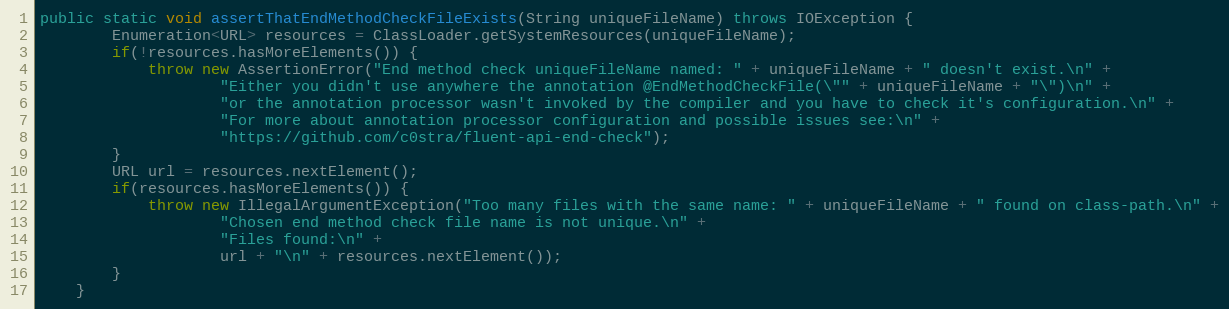
Language: Java
public static void assertThatEndMethodCheckFileExists(String uniqueFileName) throws IOException {
		Enumeration<URL> resources = ClassLoader.getSystemResources(uniqueFileName);
		if(!resources.hasMoreElements()) {
			throw new AssertionError("End method check uniqueFileName named: " + uniqueFileName + " doesn't exist.\n" +
					"Either you didn't use anywhere the annotation @EndMethodCheckFile(\"" + uniqueFileName + "\")\n" +
					"or the annotation processor wasn't invoked by the compiler and you have to check it's configuration.\n" +
					"For more about annotation processor configuration and possible issues see:\n" +
					"https://github.com/c0stra/fluent-api-end-check");
		}
		URL url = resources.nextElement();
		if(resources.hasMoreElements()) {
			throw new IllegalArgumentException("Too many files with the same name: " + uniqueFileName + " found on class-path.\n" +
					"Chosen end method check file name is not unique.\n" +
					"Files found:\n" +
					url + "\n" + resources.nextElement());
		}
	}